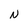
Character: N